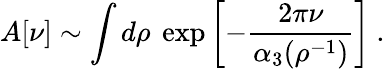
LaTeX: A[\nu]\sim\int d\rho~\exp\left[-\frac{2\pi\nu}{\alpha_{3}(\rho^{-1})}\right]~.